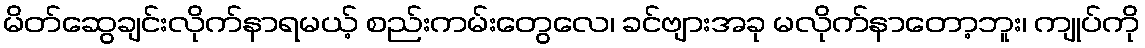
မိတ်ဆွေချင်းလိုက်နာရမယ့် စည်းကမ်းတွေလေ၊ ခင်ဗျားအခု မလိုက်နာတော့ဘူး၊ ကျုပ်ကို